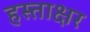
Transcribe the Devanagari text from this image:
हस्त्ताक्षर